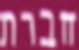
חברת